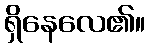
ရှိနေလေ၏။